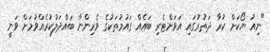
"ނިއު ޔޯކަށް ކުރާ ދަތުރުގައި އަވަށްޓެރި ބައެއް ގައުމުތަކުގެ ވެރިންނާ ބައްދަލުކުރެއްވުމަށް ވަނީ